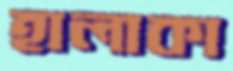
হালাকা